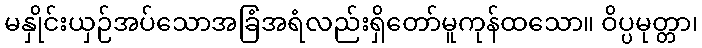
မနှိုင်းယှဉ်အပ်သောအခြံအရံလည်းရှိတော်မူကုန်ထသော။ ဝိပ္ပမုတ္တာ၊